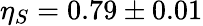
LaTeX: \eta_{S}=0.79\pm 0.01